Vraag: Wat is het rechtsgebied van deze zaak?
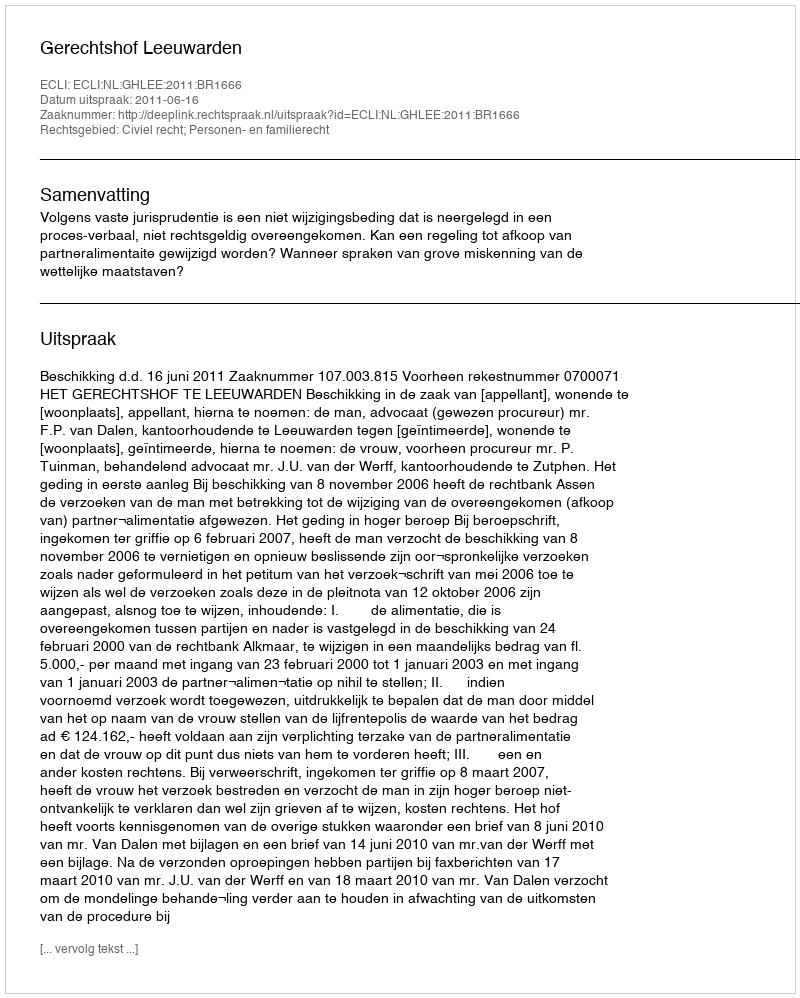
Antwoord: Civiel recht; Personen- en familierecht